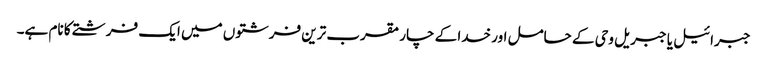
جبرائیل یا جبریل وحی کے حامل اور خدا کے چار مقرب ترین فرشتوں میں ایک فرشتے کا نام ہے۔